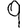
Digit: 9